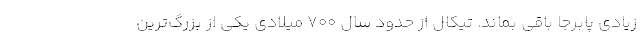
زیادی پابرجا باقی بماند. تیکال از حدود سال 700 میلادی یکی از بزرگ‌ترین